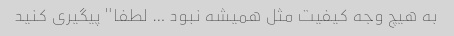
به هیچ وجه کیفیت مثل همیشه نبود … لطفا" پیگیری کنید